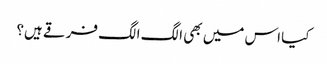
کیا اس میں بھی الگ الگ فرقے ہیں؟